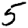
Digit: 5